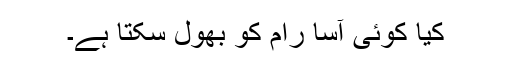
کیا کوئی آسا رام کو بھول سکتا ہے۔